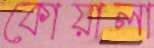
কোয়ালা